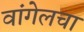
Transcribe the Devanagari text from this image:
वांगेलचा